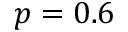
p = 0 . 6